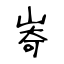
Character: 㟢